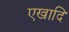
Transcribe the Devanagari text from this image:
एखादि